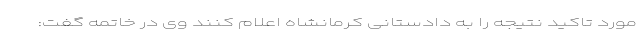
مورد تاکید نتیجه را به دادستانی کرمانشاه اعلام کنند وی در خاتمه گفت: